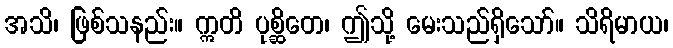
အသိ၊ ဖြစ်သနည်း။ ဣတိ ပုစ္ဆိတေ၊ ဤသို့ မေးသည်ရှိသော်။ သိရိမာယ၊